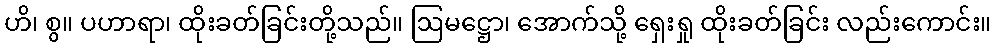
ဟိ၊ စွ။ ပဟာရာ၊ ထိုးခတ်ခြင်းတို့သည်။ ဩမဋ္ဌော၊ အောက်သို့ ရှေးရှု ထိုးခတ်ခြင်း လည်းကောင်း။